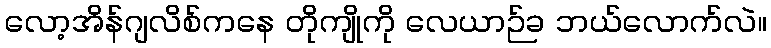
လော့အိန်ဂျလိစ်ကနေ တိုကျိုကို လေယာဉ်ခ ဘယ်လောက်လဲ။